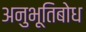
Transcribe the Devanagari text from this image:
अनुभूतिबोध